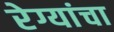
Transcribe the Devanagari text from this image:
रेग्यांचा